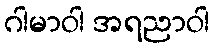
ဂါမာဝါ အရညာဝါ